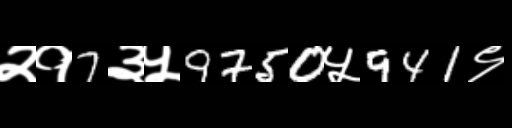
Text: २१7३५9750५941९